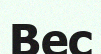
Вес